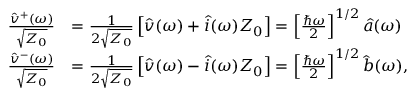
\begin{array} { r l } { \frac { \hat { v } ^ { + } ( \omega ) } { \sqrt { Z _ { 0 } } } } & { = \frac { 1 } { 2 \sqrt { Z _ { 0 } } } \left[ \hat { v } ( \omega ) + \hat { i } ( \omega ) Z _ { 0 } \right] = \left[ \frac { \hbar \omega } { 2 } \right] ^ { 1 / 2 } \hat { a } ( \omega ) } \\ { \frac { \hat { v } ^ { - } ( \omega ) } { \sqrt { Z _ { 0 } } } } & { = \frac { 1 } { 2 \sqrt { Z _ { 0 } } } \left[ \hat { v } ( \omega ) - \hat { i } ( \omega ) Z _ { 0 } \right] = \left[ \frac { \hbar \omega } { 2 } \right] ^ { 1 / 2 } \hat { b } ( \omega ) , } \end{array}